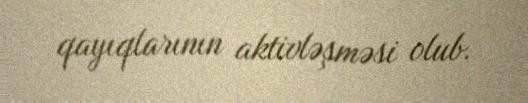
qayıqlarının aktivləşməsi olub.